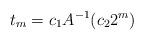
LaTeX: \begin{align*}t_m=c_1 A^{-1}(c_2 2^m)\end{align*}